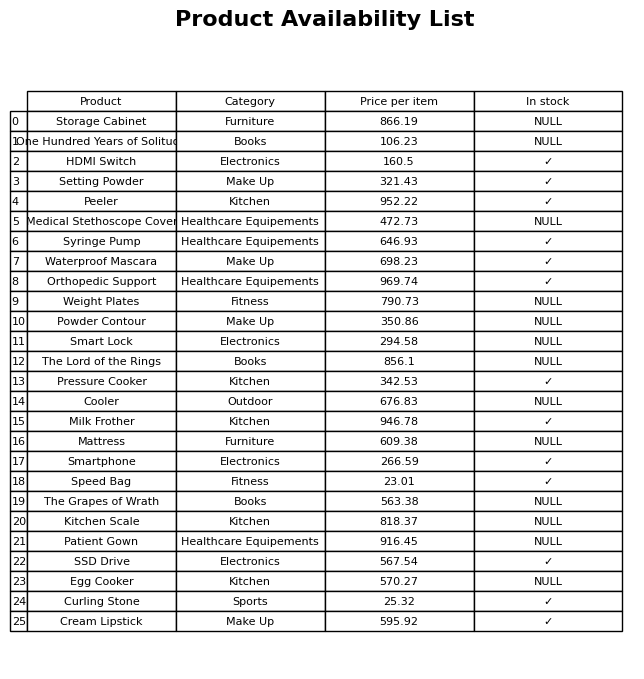
question: What is the stock status of the Cooler?
answer: NULL